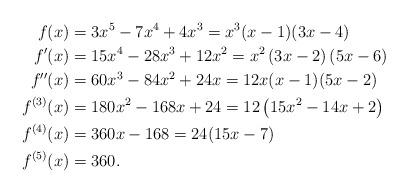
LaTeX: \begin{align*}f(x) & = 3x^5-7x^4+4x^3 = x^3 ( x-1)(3x-4 ) \\f'(x) & =15x^4-28x^3 + 12 x^2 = x^2 \left(3x-2 \right) \left(5x-6 \right) \\f''(x) & = 60x^3 - 84 x^2 + 24 x = 12x(x-1)(5x-2) \\f^{(3)}(x) & = 180 x^2 - 168 x + 24 = 12 \left( 15x^2 - 14 x +2 \right) \\f^{(4)}(x) & = 360 x - 168 = 24(15x-7) \\f^{(5)}(x) & = 360.&\end{align*}